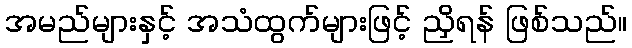
အမည်များနှင့် အသံထွက်များဖြင့် ညှိရန် ဖြစ်သည်။